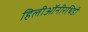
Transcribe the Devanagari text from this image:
हिलीऑनीरथिडी